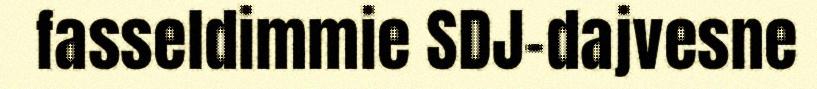
fasseldimmie SDJ-dajvesne